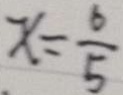
x = \frac { 6 } { 5 }